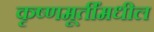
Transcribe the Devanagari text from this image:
कृष्णमूर्तींमधील